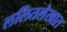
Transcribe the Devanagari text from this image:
ललितलेखात